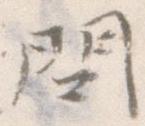
問